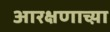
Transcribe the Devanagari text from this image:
आरक्षणाच्य़ा